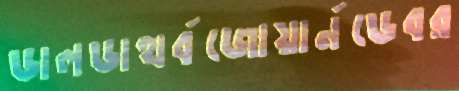
ডালডাথর্বজোয়ার্নডেবর